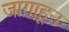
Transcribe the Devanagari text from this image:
जागाहून